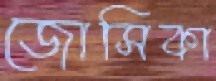
জোসিকা